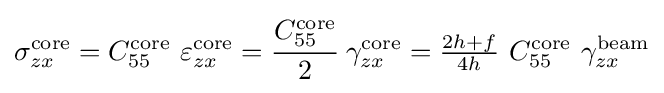
\sigma _{zx}^{\mathrm {core} }=C_{55}^{\mathrm {core} }~\varepsilon _{zx}^{\mathrm {core} }={\cfrac {C_{55}^{\mathrm {core} }}{2}}~\gamma _{zx}^{\mathrm {core} }={\tfrac {2h+f}{4h}}~C_{55}^{\mathrm {core} }~\gamma _{zx}^{\mathrm {beam} }